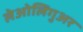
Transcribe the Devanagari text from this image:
लेओलिगुअर